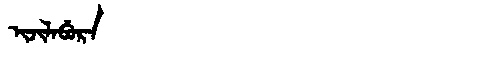
Manchu: ᡳᠵᡳᠯᠠᠪᡠᡵᠠ
Romanization: IJILABURA